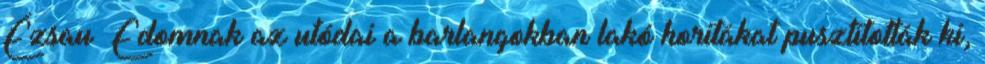
Ézsau Edomnak az utódai a barlangokban lakó horitákat pusztították ki,